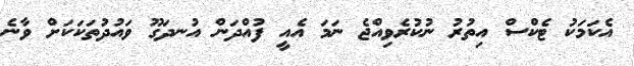
އެކަމަކު ޓެކްސް އިތުރު ނުކުރެވިއްޖެ ނަމަ އެއީ ފުއްދަން އުނދަގޫ ވައުދުތަކަކަށް ވާނެ